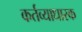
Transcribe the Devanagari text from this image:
कर्तव्याधारक